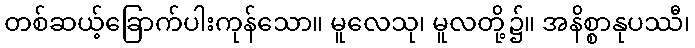
တစ်ဆယ့်ခြောက်ပါးကုန်သော။ မူလေသု၊ မူလတို့၌။ အနိစ္စာနုပဿီ၊